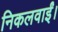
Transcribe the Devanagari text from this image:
निकलवाईं।